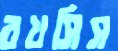
বখসিস